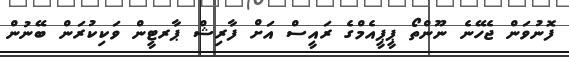
ފޮނުވަން ޖެހޭނެ ނޫންތޯ ޕީޕީއެމްގެ ރައީސް އަށް ފާރިޝް ޕާރޓީން ވަކިކުރަން ބޭނުން